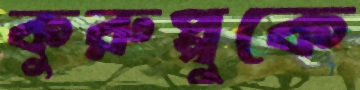
কুরুপ্পুকে